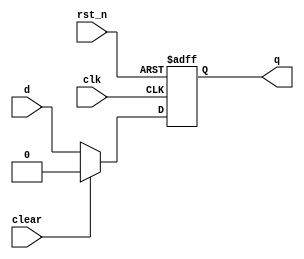
module floprc1 (	clk,
						rst_n,
						clear,
						d,
						q
						);

input clk,rst_n,clear;
input wire d;
output reg q;
						 				 
	always @(posedge clk,negedge rst_n) begin
		if(!rst_n) begin
			q <= 0;
		end else if (clear)begin
			q <= 0;
		end else begin 
			q <= d;
		end
	end
endmodule